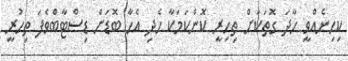
ކިހިނެއްވީ ހާދަ ގޮތަކަށް ތިހިރީ ކޮންކަމަކާ ހެދި އެހާ ބޮޑަށް ޑިސްޓާބްވެފަ ތިހުރީ